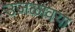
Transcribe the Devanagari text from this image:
उजळावया